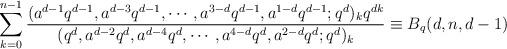
LaTeX: \begin{align*}\sum_{k=0}^{n-1}\frac{(a^{d-1}q^{d-1},a^{d-3}q^{d-1},\cdots,a^{3-d}q^{d-1},a^{1-d}q^{d-1};q^d)_kq^{dk}}{(q^d,a^{d-2}q^d,a^{d-4}q^d,\cdots,a^{4-d}q^d,a^{2-d}q^d;q^d)_k}\equiv B_q(d,n,d-1)\end{align*}